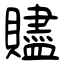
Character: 贐